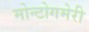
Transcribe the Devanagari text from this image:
मोन्टोगमेरी